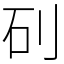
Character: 矵